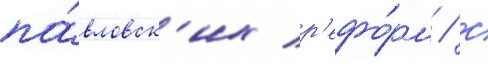
па́вловск'их р'ефо́рм / с